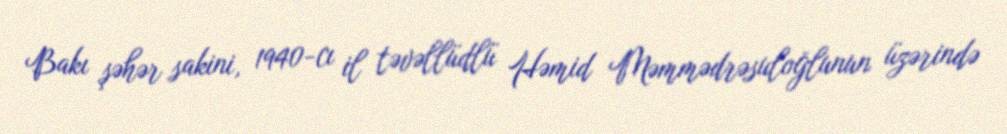
Bakı şəhər sakini, 1940-cı il təvəllüdlü Həmid Məmmədrəsuloğlunun üzərində